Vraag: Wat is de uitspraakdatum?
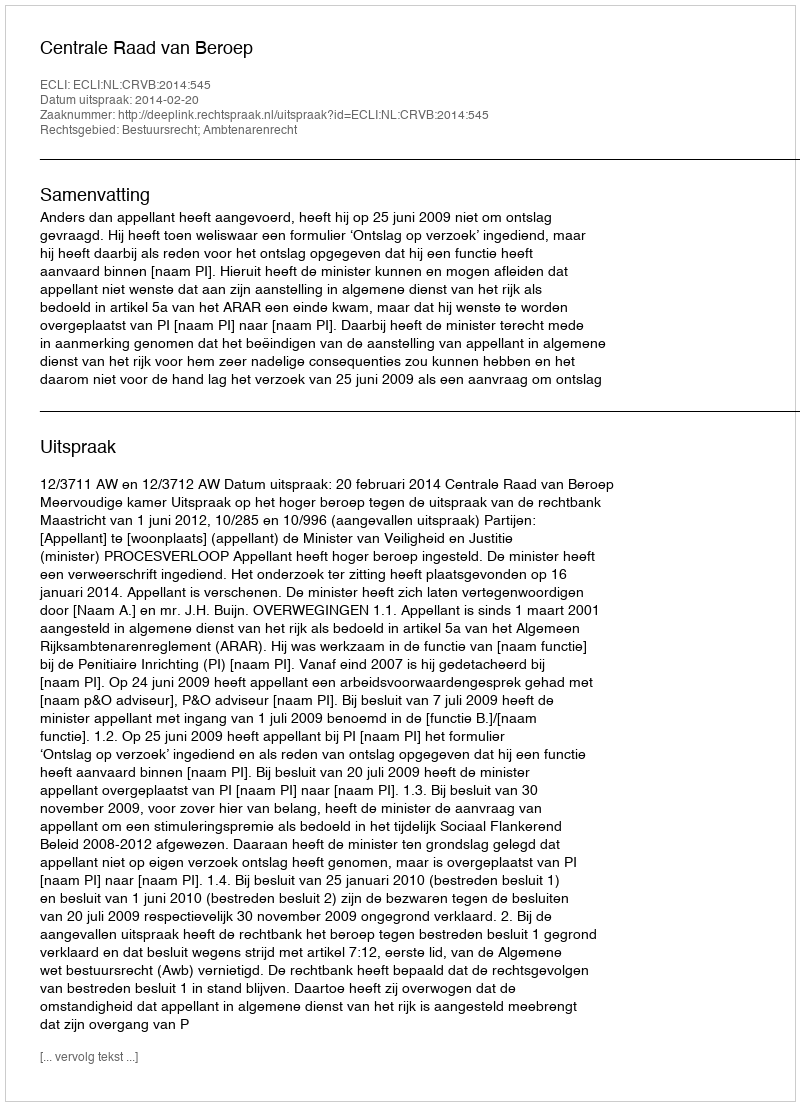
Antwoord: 2014-02-20